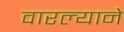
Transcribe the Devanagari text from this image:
वारल्याने